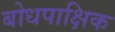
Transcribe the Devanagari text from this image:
बोधपाक्षिक